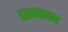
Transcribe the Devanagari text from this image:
डरावनापन